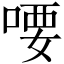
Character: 喓